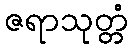
ဇရာသုတ္တံ